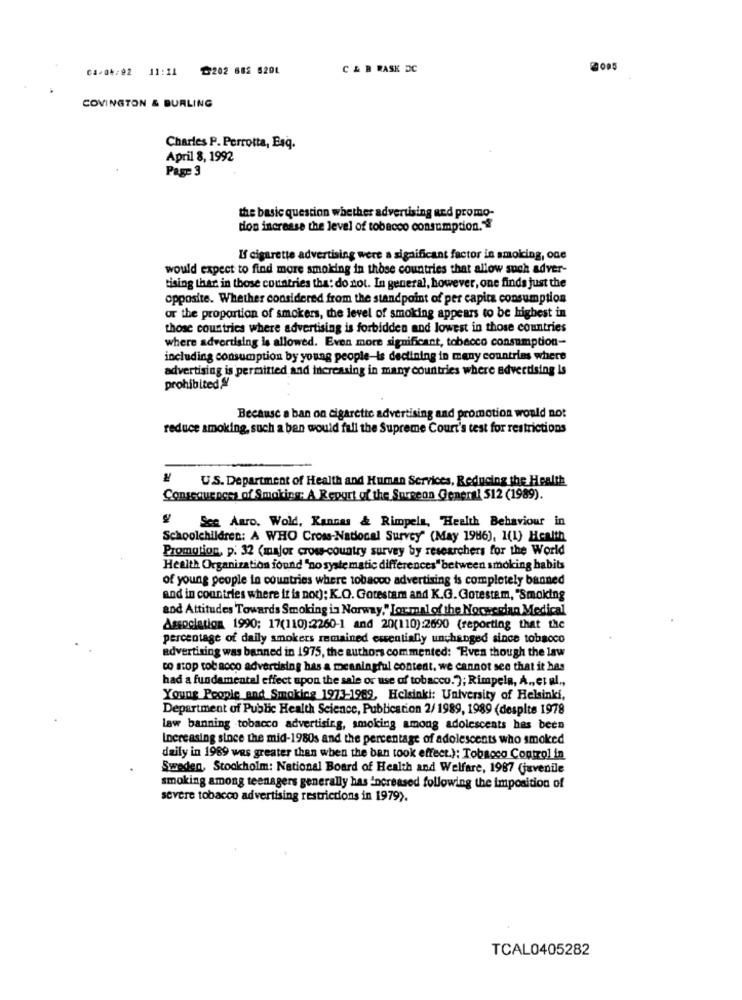
01/04/02 11:11 ₾202 682 5201
C & B RASK DC
COVINGTON & BURLING
Charles P. Perrotta, Esq.
April 8, 1992
Page 3
the basic question whether advertising and promo-
dion increase the level of tobacco consumption."
If cigarette advertising were a significant factor in smoking, one
would expect to find more smoking in those countries that allow such adver-
tising thar in those countries that do not. In general, however, one finds just the
opposite. Whether considered from the standpoint of per capita consumption
or the proportion of smokers, the level of smoking appears to be highest in
those countries where advertising is forbidden and lowest in those countries
where advertising is allowed. Even more significant, tobacco consumption-
including consumption by young people-is declining in many countries where
advertising is permitted and increasing in many countries where advertising Is
prohibited !
Because a ban on cigarette advertising and promotion would not
reduce smoking, such a ben would full the Supreme Court's test for restrictions
U.S. Department of Health and Human Services, Reducing the Health
Consequences of Smoking: A Report of the Surgeon General 512 (1989).
Sce. Auro, Wold, Kannas & Rimpels, Health Behaviour in
Schoolchildren: A WHO Cross-National Survey" (May 1986), 1(1) Health
Promotion, p. 32 (major cross-country survey by researchers for the World
Health Organization found "no syste matic differences" between smoking habits
of young people in countries where tobacco advertising is completely banned
and in countries where it is not); K.O. Gotestam and K.G. Gotestem, "Smoking
and Attitudes Towards Smoking in Norway," Lor mal of the Norwegian Medical
Association 1990; 17(110):2260-1 and 20(110):2690 (reporting that the
percentage of daily smokers remained essentially unchanged since tobacco
advertising was banned in 1975, the authors commented: "Even though the law
to stop tobacco advertising has a meaningful content, we cannot see that it has
had a fundamental effect upon the sale or use of tobacco."; Rimpels, A ., et al .,
Young People and Smoking 1973-1969, Helsinki: University of Helsinki,
Department of Public Health Science, Publication 2/ 1989, 1989 (despite 1978
law banning tobacco advertising, smoking among adolescents has been
Increasing since the mid-1980s and the percentage of adolescents who smoked
daily in 1989 wes greater than when the ban took effect.); Tobacco Control in
Sweden, Stockholm: National Board of Health and Welfare, 1987 (juvenile
smoking among teenagers generally has increased following the imposition of
severe tobacco advertising restrictions in 1979).
TCAL0405282